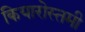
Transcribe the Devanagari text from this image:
कियारोस्तमी